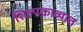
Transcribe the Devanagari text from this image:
शिल्पकाव्यात